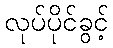
လုပ်ပိုင်ခွင့်